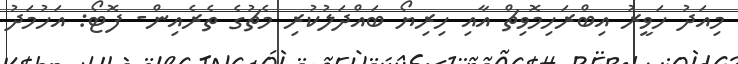
މިއަދު ހަވީރު އިބްރަހިމޮވިޗް އާއި ހިރިޔޯ ބައްދަލުކުރި މެޗުގެ ތެރެއިން- ފޮޓޯ: އަހުމަދު